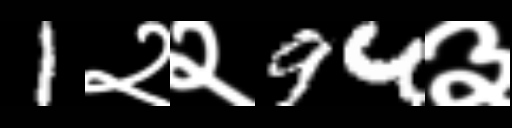
Text: 1२२94३